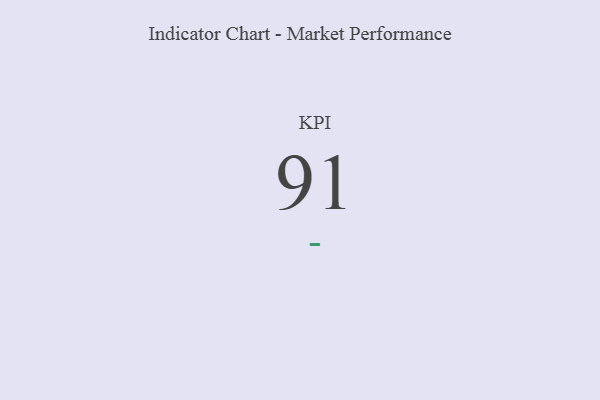
{"axis": {"x": "KPI", "y": "Value"}, "legend": [""], "data": [{"x": "KPI", "y": 91, "type": ""}]}